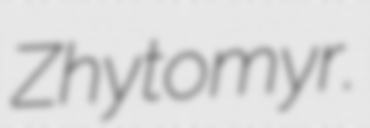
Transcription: Zhytomyr.